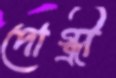
দোগ্ধ্রী